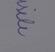
Signature authenticity: genuine